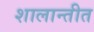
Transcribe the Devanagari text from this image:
शालान्तीत